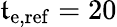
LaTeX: \mathfrak{t}_{\mathrm{{e,ref}}}=20